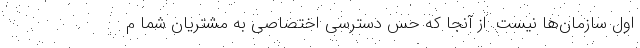
اول سازمان‌ها نیست. از آنجا که حس دسترسی اختصاصی به مشتریان شما م